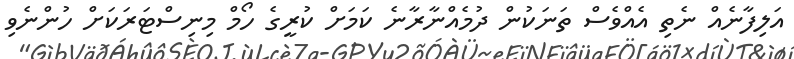
އަލިފާނެއް ނެތި އެއްވެސް ތަނަކުން ދުމެއްނާރާނެ ކަމަށް ކުރީގެ ހޯމް މިނިސްޓަރަކަށް ހުންނެވި